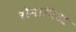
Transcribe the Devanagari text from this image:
रोमानिआ